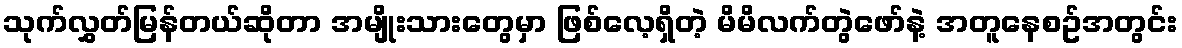
သုက်လွှတ်မြန်တယ်ဆိုတာ အမျိုးသားတွေမှာ ဖြစ်လေ့ရှိတဲ့ မိမိလက်တွဲဖော်နဲ့ အတူနေစဥ်အတွင်း